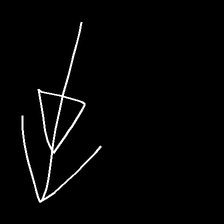
Glyph: pull